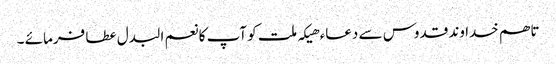
تاھم خدا وند قدوس سے دعاء ھیکہ ملت کو آپ کا نعم البدل عطا فرمائے ۔